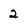
Character: 2